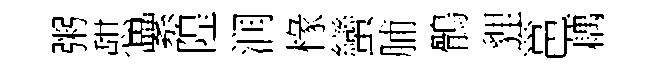
粥憇纍隍润椽蠻脯鶻貍邕藕